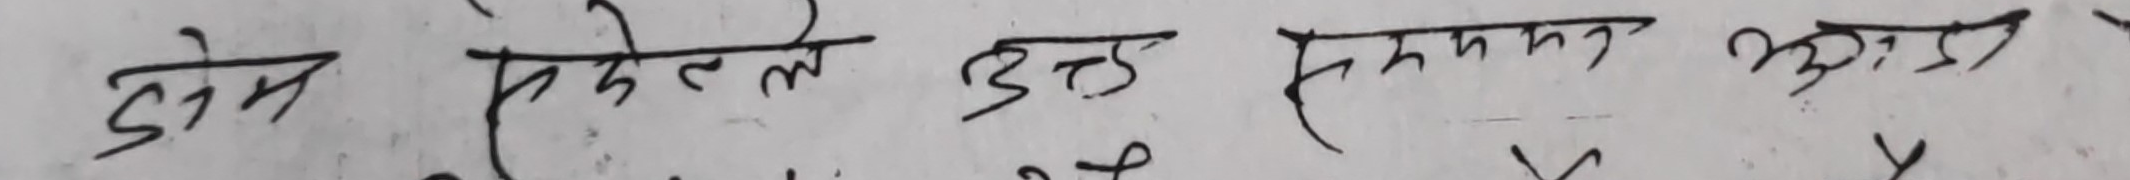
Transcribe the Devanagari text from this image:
डोम देखेलै उत्तर सुकमान अत्र